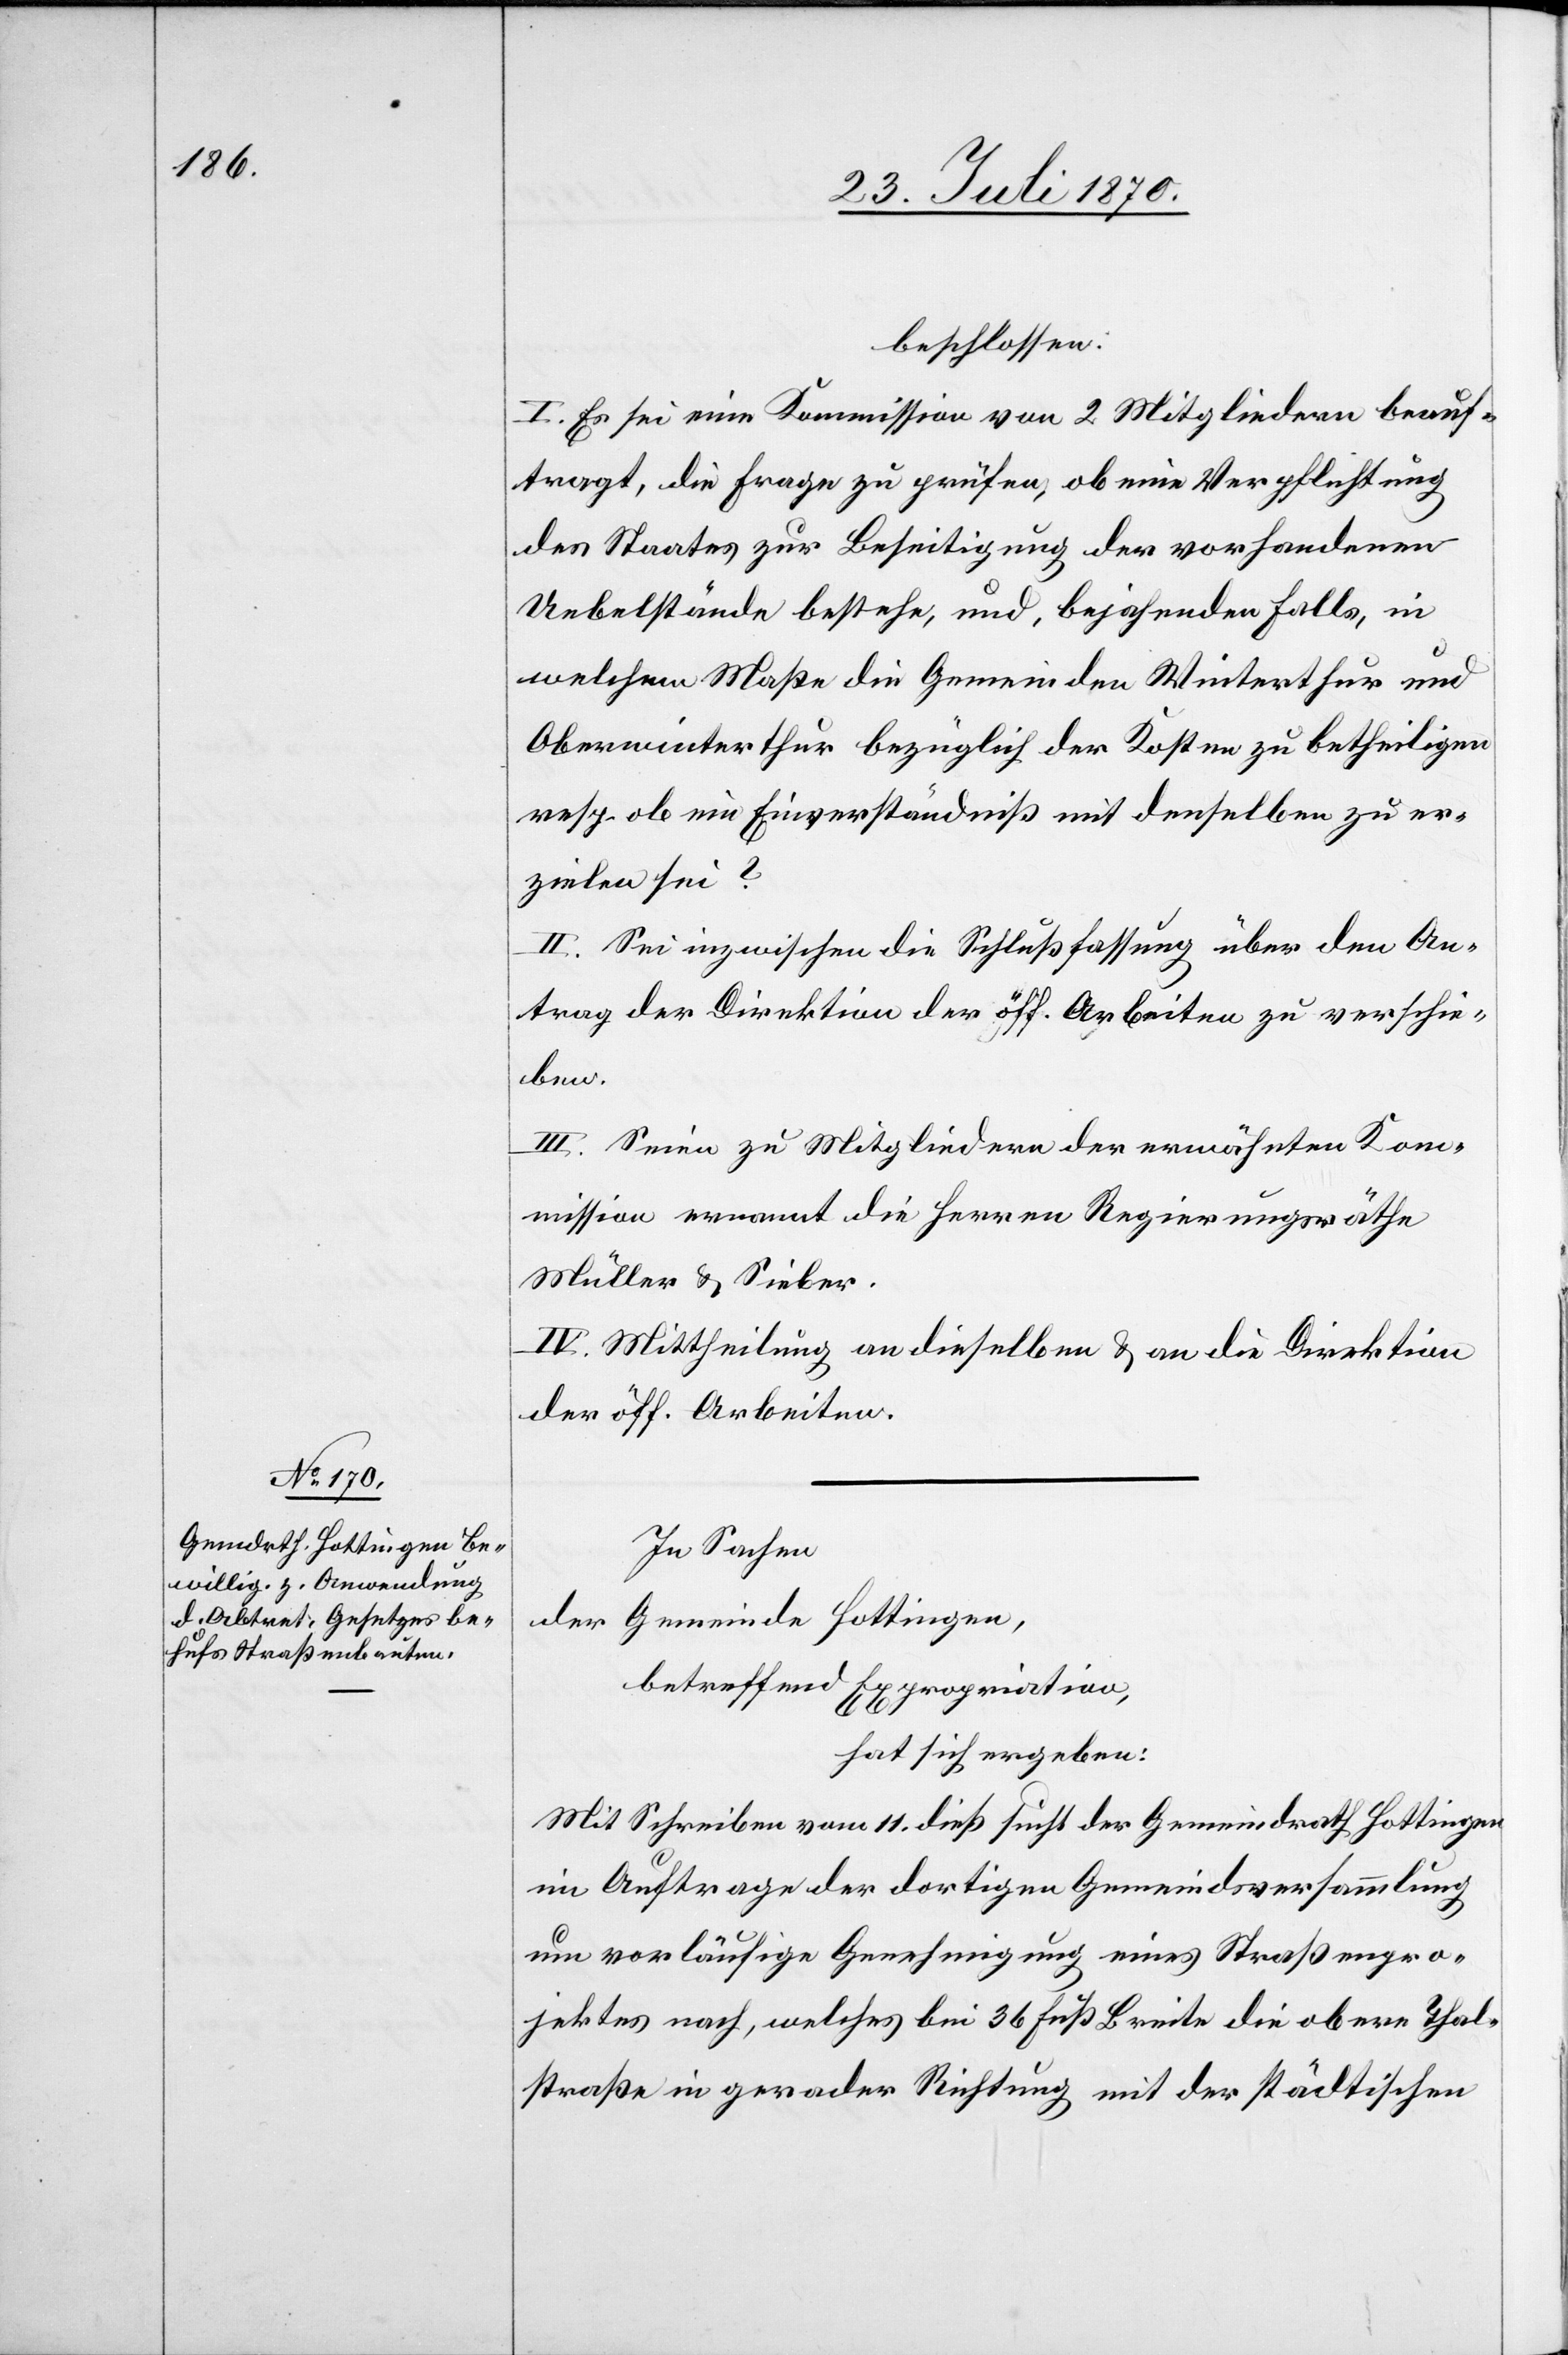
beschlossen:
I. Es sei eine Kommission von 2 Mitgliedern beauf¬
tragt, die Frage zu prüfen, ob eine Verpflichtung
des Staates zur Beseitigung des vorhandenen
Uebelstände bestehe, und, bejahenden Falls, in
welchem Maße die Gemeinden Winterthur und
Oberwinterthur bezüglich der Kosten zu betheiligen
resp. ob ein Einverständniß mit denselben zu er¬
zielen sei?
II. Sei inzwischen die Schlußfassung über den An¬
trag der Direktion der öff. Arbeiten zu verschie¬
ben.
III. Seien zu Mitgliedern der erwähnten Kom¬
mission ernannt die Herren Regierungsräthe
Müller & Sieber.
IV. Mittheilung an dieselben & an die Direktion
der öff. Arbeiten.
In Sachen
der Gemeinde Hottingen,
betreffend Expropriation,
hat sich ergeben:
Mit Schreiben vom 11. dieß sucht der Gemeindrath Hottingen
im Auftrage der dortigen Gemeindsversammlung
um vorläufige Genehmigung eines Straßenpro¬
jektes nach, welches bei 36 Fuß Breite die obere Thal¬
straße in gerader Richtung mit der städtischen